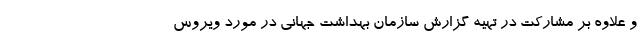
و علاوه بر مشارکت در تهیه گزارش سازمان بهداشت جهانی در مورد ویروس